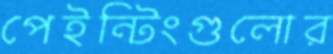
পেইন্টিংগুলোর